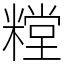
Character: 糛